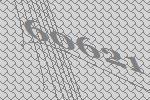
60621